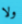
ولا